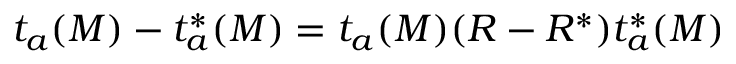
t _ { a } ( M ) - t _ { a } ^ { * } ( M ) = t _ { a } ( M ) ( R - R ^ { * } ) t _ { a } ^ { * } ( M )